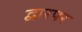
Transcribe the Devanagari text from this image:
द्वारपर